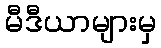
မီဒီယာများမှ